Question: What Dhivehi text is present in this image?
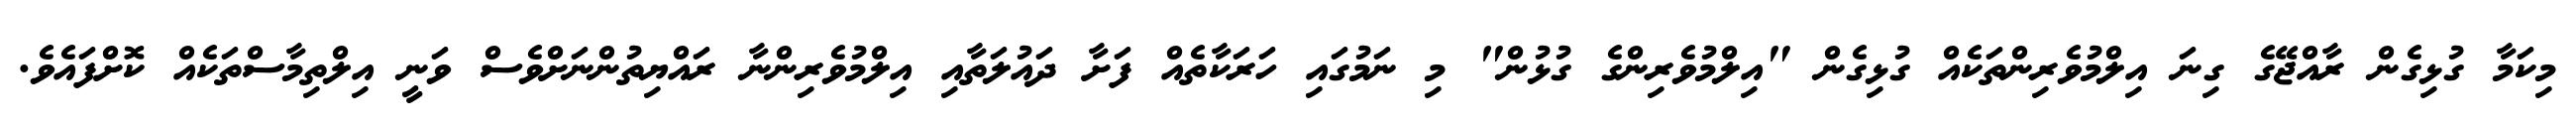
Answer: މިކަމާ ގުޅިގެން ރާއްޖޭގެ ގިނަ އިލްމުވެރިންތަކެއް ގުޅިގެން "އިލްމުވެރިންގެ ގުޅުން" މި ނަމުގައި ހަރަކާތެއް ފަށާ ދައުލަތާއި އިލްމުވެރިންނާ ރައްޔިތުންނަށްވެސް ވަނީ އިލްތިމާސްތަކެއް ކޮށްފައެވެ.